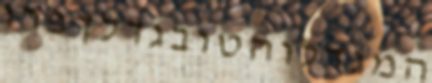
המגדלוהטובגדלךפרו